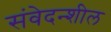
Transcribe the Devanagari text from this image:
संवेदन्शील